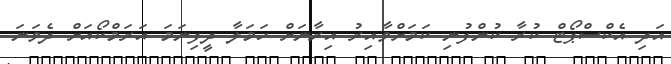
އަދި އެކްސްޕޯޓް ކުރާ ކުންފުނި ކަމަށްވާއިރު އިރާނަށް ހަމަލާ ދީފިނަމަ އަރަމްކޯއަށް ދެވަނަ